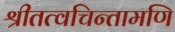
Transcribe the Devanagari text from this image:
श्रीतत्वचिन्तामणि